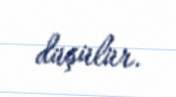
düşülür.